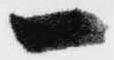
一